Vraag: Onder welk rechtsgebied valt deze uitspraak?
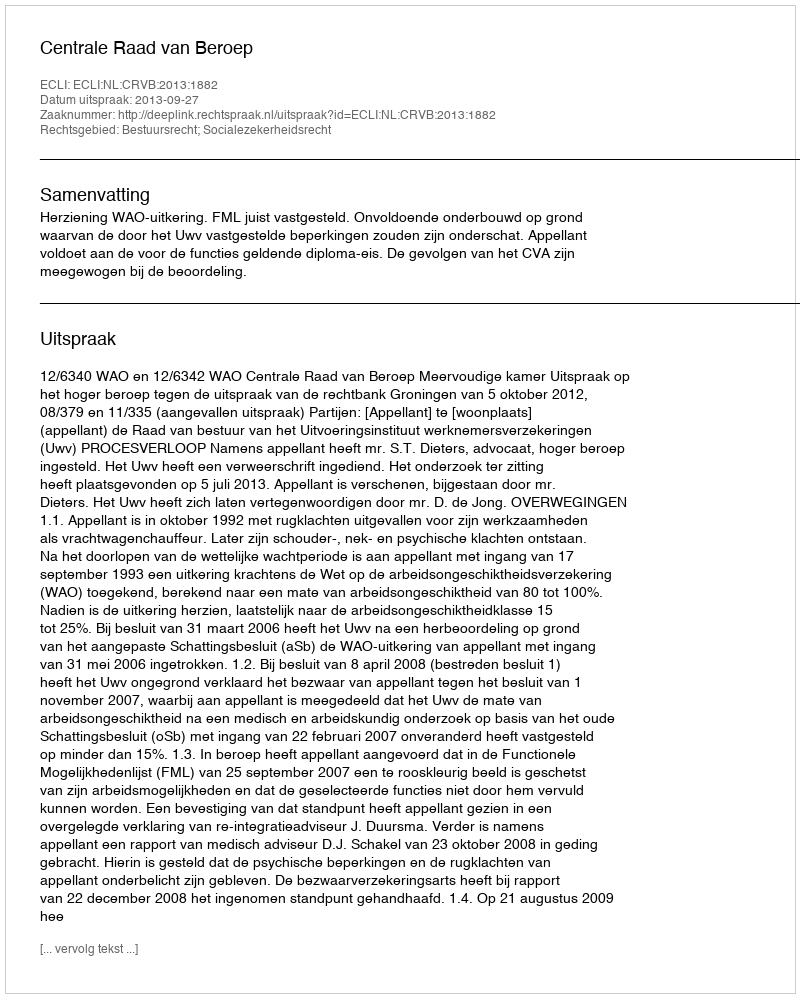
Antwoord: Bestuursrecht; Socialezekerheidsrecht